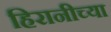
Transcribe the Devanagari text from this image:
हिरानीच्या